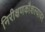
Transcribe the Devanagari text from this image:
निरीक्षणकौशल्यावर